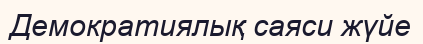
Демократиялық саяси жүйе